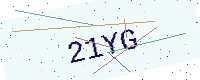
Text: 21YG